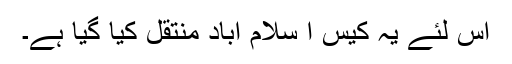
اس لئے یہ کیس ا سلام آباد منتقل کیا گیا ہے۔